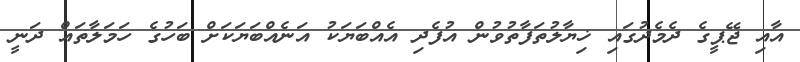
އާއި ޖޭޕީގެ ދެމެދުގައި ޚިޔާލުތަފާތުވުން އުފެދި އެއްބަޔަކު އަނެއްބަޔަކަށް ބަހުގެ ހަމަލާތައް ދަނީ